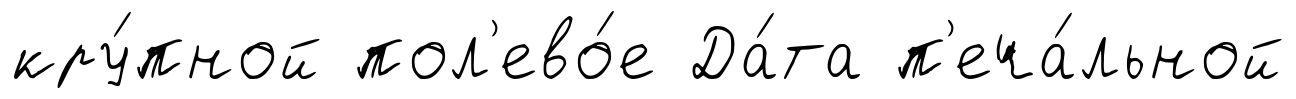
кру́пной пол'ево́е Да́та п'еча́льной